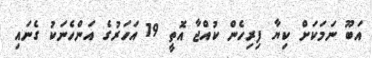
އަބޫ ނަމަކަށް ކިޔާ ފިރިހެން ކުއްޖާ އޮތީ 19 އަހަރުގެ އަންހެނަކު ގެނައި